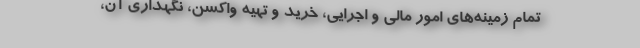
تمام زمینه‌های امور مالی و اجرایی، خرید و تهیه واکسن، نگهداری آن،